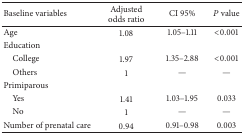
<table><thead><tr><td><b>Baseline variables</b></td><td><b>Adjusted odds ratio</b></td><td><b>CI 95%</b></td><td><b><i>P</i> value</b></td></tr></thead><tbody><tr><td>Age</td><td>1.08</td><td>1.05–1.11</td><td>&lt;0.001</td></tr><tr><td>Education</td><td> </td><td> </td><td> </td></tr><tr><td> College</td><td>1.97</td><td>1.35–2.88</td><td>&lt;0.001</td></tr><tr><td> Others</td><td>1</td><td>—</td><td>—</td></tr><tr><td>Primiparous</td><td> </td><td> </td><td> </td></tr><tr><td> Yes</td><td>1.41</td><td>1.03–1.95</td><td>0.033</td></tr><tr><td> No</td><td>1</td><td>—</td><td>—</td></tr><tr><td>Number of prenatal care</td><td>0.94</td><td>0.91–0.98</td><td>0.003</td></tr></tbody></table>